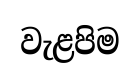
වැළපිම